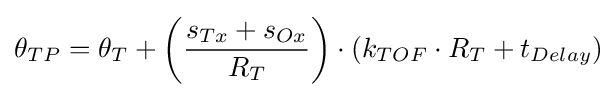
\theta _{TP}=\theta _{T}+\left({\frac {s_{Tx}+s_{Ox}}{R_{T}}}\right)\cdot \left(k_{TOF}\cdot R_{T}+t_{Delay}\right)